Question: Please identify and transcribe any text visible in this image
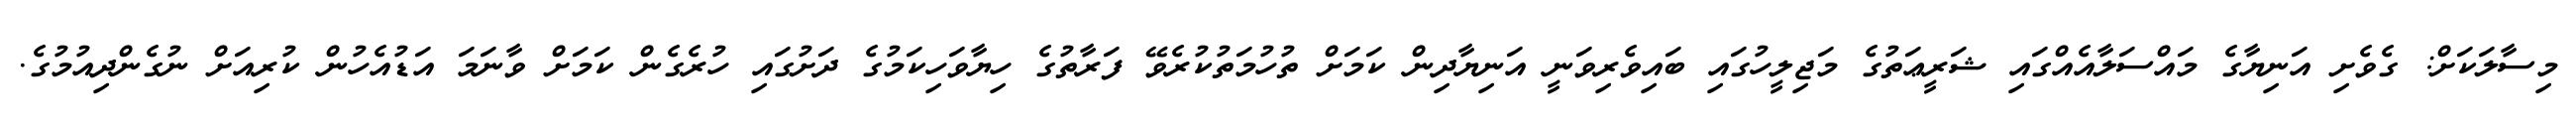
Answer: މިސާލަކަށް: ގެވެށި އަނިޔާގެ މައްސަލާއެއްގައި ޝަރީޢަތުގެ މަޖިލީހުގައި ބައިވެރިވަނީ އަނިޔާދިން ކަމަށް ތުހުމަތުކުރެވޭ ފަރާތުގެ ހިޔާވަހިކަމުގެ ދަށުގައި ހުރެގެން ކަމަށް ވާނަމަ އަޑުއެހުން ކުރިއަށް ނުގެންދިއުމުގެ.